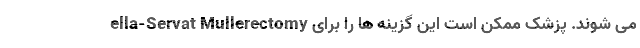
ella-Servat Mullerectomy می شوند. پزشک ممکن است این گزینه ها را برای